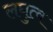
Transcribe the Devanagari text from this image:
लघुत्व